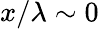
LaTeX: x/\lambda\sim 0